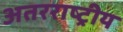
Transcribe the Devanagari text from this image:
अतरराष्ट्रीय